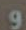
ن